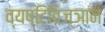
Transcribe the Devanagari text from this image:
व्यष्टिविज्ञान